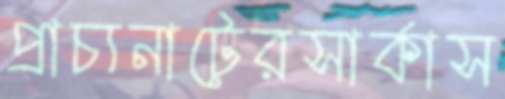
প্রাচ্যনাটেরসার্কাস